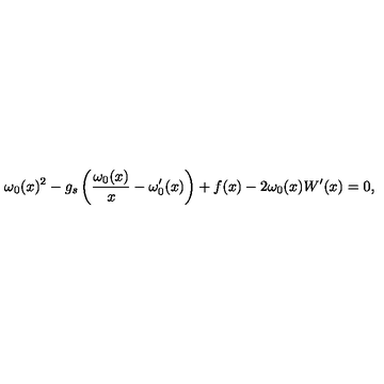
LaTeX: \omega _ { 0 } ( x ) ^ { 2 } - g _ { s } \left( \frac { \omega _ { 0 } ( x ) } { x } - \omega _ { 0 } ^ { \prime } ( x ) \right) + f ( x ) - 2 \omega _ { 0 } ( x ) W ^ { \prime } ( x ) = 0 ,